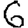
Digit: 6